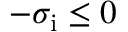
- \sigma _ { \mathrm { i } } \leq 0